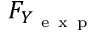
F _ { Y _ { \mathrm { ~ e ~ x ~ p ~ } } }